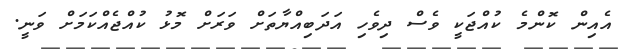
އެއިން ކޮންމެ ކުއްޖަކީ ވެސް ދިވެހި އަދަބިއްޔާތަށް ވަރަށް މޮޅު ކުއްޖެއްކަމަށް ވަނީ.